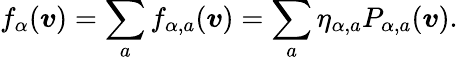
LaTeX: f_{\alpha}(\boldsymbol{v})=\sum_{a}f_{\alpha,a}(\boldsymbol{v})=\sum_{a}\eta_{\alpha,a}P_{\alpha,a}(\boldsymbol{v}).